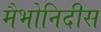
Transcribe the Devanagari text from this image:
मैभोनिदीस